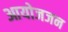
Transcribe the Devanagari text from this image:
आयोजजन